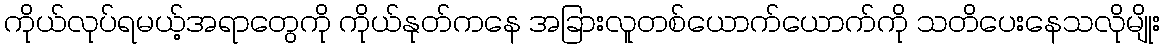
ကိုယ်လုပ်ရမယ့်အရာတွေကို ကိုယ်နုတ်ကနေ အခြားလူတစ်ယောက်ယောက်ကို သတိပေးနေသလိုမျိုး